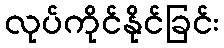
လုပ်ကိုင်နိုင်ခြင်း